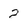
Character: 2